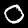
Label: 0